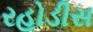
રહોડીસ